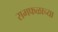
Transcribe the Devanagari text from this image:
रामफळाच्या